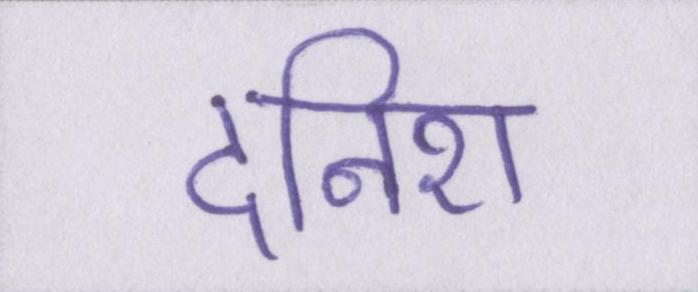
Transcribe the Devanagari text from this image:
दनिश